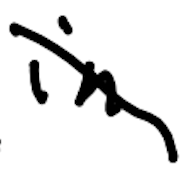
Text: in
Cross-out: diagonal
Writing tool: digital_black